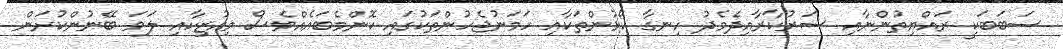
ސަބަބަކީ ރައްޔިތުންނާއި ސަރުކާރާއިދެމެދު ހިނގާ ކޯޅުންތަކާއި ހަމަނުޖެހުންތަކުގައި ކޮންމެބައެއްވެސް މިއުޒިކާއި ލަވަ ބޭނުންކުރަން